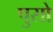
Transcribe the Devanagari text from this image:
पुसो